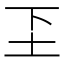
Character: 𬻁